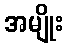
အမျိုး